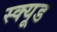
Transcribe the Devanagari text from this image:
स्क्यूड